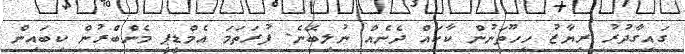
ގައިގާދުރު ރިޔާޒު ހިހޫތަނުން ކާކައް ދެނެއް ނުލިބޭނެ. ފުރަތަމަ އެމްޑީޕީ މެންބްރުން ކިބައިން